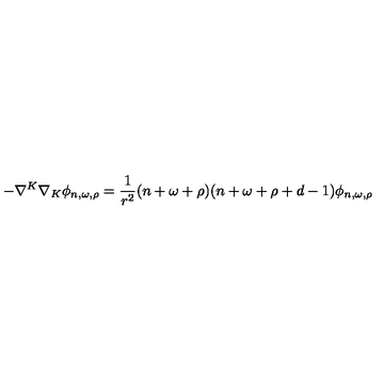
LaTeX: - \nabla ^ { K } \nabla _ { K } \phi _ { n , \omega , \rho } = { \frac { 1 } { r ^ { 2 } } } ( n + \omega + \rho ) ( n + \omega + \rho + d - 1 ) \phi _ { n , \omega , \rho }